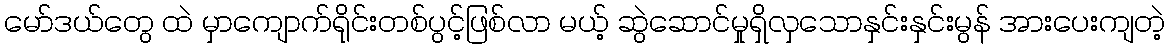
မော်ဒယ်တွေ ထဲ မှာကျောက်ရိုင်းတစ်ပွင့်ဖြစ်လာ မယ့် ဆွဲဆောင်မှုရှိလှသောနှင်းနှင်းမွန် အားပေးကျတဲ့